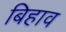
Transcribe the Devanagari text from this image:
बिहाव